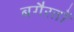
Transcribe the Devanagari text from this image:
बगैरतों